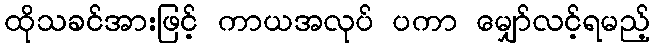
ထိုသခင်အားဖြင့် ကာယအလုပ် ပကာ မျှော်လင့်ရမည့်